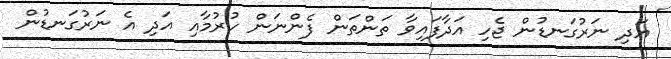
އަދި ނަރުގަނޑުން ޖެހި އަދާފައިވާ ތަންތަން ފެންނަން ހުރުމާއި އަދި އެ ނަރުގަނޑުން